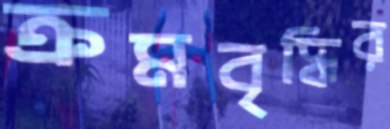
ক্রমবৃদ্ধির